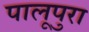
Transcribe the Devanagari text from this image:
पालूपुरा